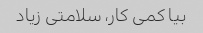
بیا کمی کار، سلامتی زیاد